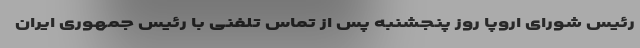
رئیس شورای اروپا روز پنجشنبه پس از تماس تلفنی با رئیس جمهوری ایران